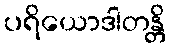
ပရိယောဒါတန္တိ